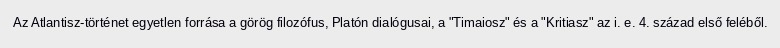
Az Atlantisz-történet egyetlen forrása a görög filozófus, Platón dialógusai, a "Timaiosz" és a "Kritiasz" az i. e. 4. század első feléből.